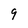
Character: 9